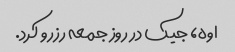
اوه، جیک در روز جمعه رزرو کرد.